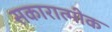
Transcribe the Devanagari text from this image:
सकारात्मीक